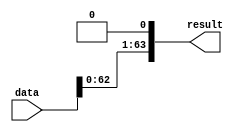
module sll_1_bit(data, result);

    input [63:0] data;
    output [63:0] result;

    assign result[0] = 1'b0;
    assign result[63:1] = data[62:0];

endmodule